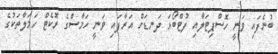
ބުނެފައި ވަނީ ހޮސްޕިޓަލާއި ފުޓްބޯޅަ ދަނޑަށް އަރާފައި ވަނީ ހަމާސްގެ ރޮކެޓް ހަމަލާތަކުގެ